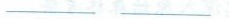
___ ___